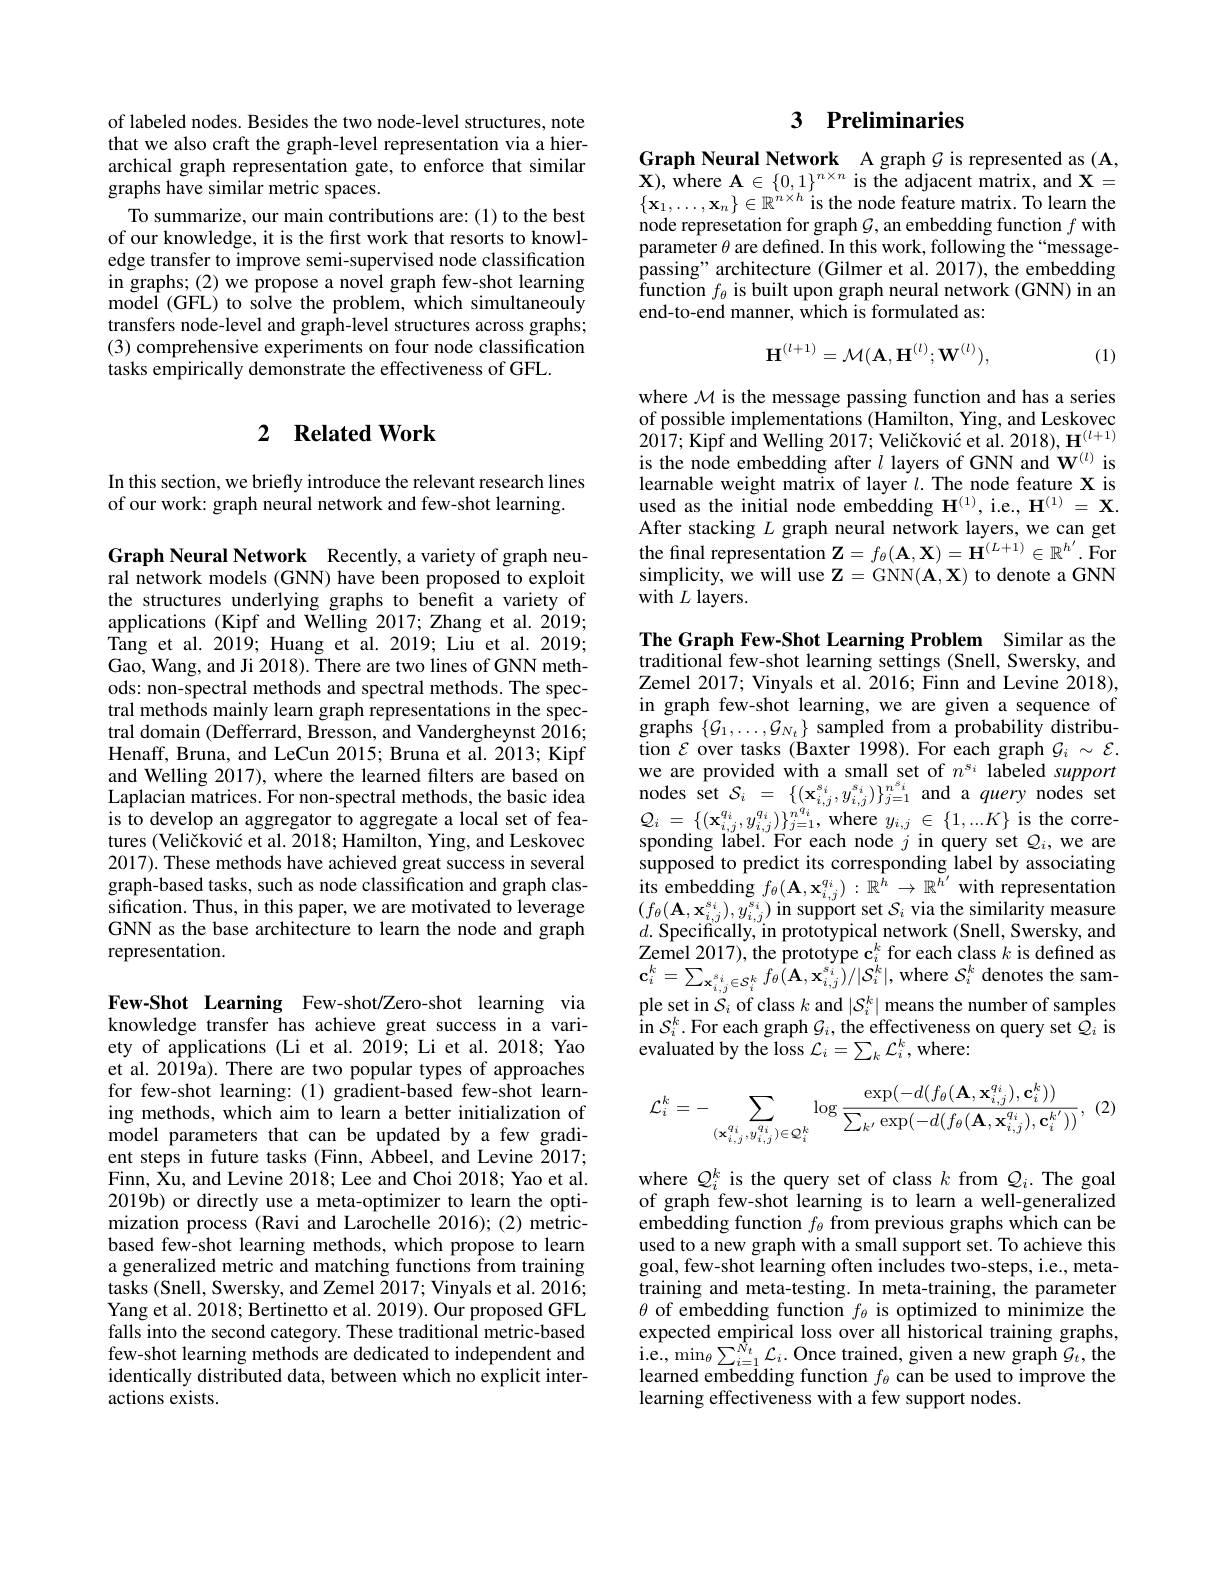
of labeled nodes. Besides the two node-level structures, note that we also craft the graph-level representation via a hierarchical graph representation gate, to enforce that similar graphs have similar metric spaces.
To summarize, our main contributions are:(1) to the best of our knowledge, it is the first work that resorts to knowledge transfer to improve semi-supervised node classification in graphs; (2) we propose a novel graph few-shot learning model (GFL) to solve the problem, which simultaneouly transfers node-level and graph-level structures across graphs; (3) comprehensive experiments on four node classification tasks empirically demonstrate the effectiveness of GFL.

## 2 $\textbf{Related Work}$

In this section, we briefly introduce the relevant research lines
of our work: graph neural network and few-shot learning.

Graph Neural Network Recently,a variety of graph neural network models (GNN) have been proposed to exploit the structures underlying graphs to benefit a variety of applications (Kipf and Welling 2017; Zhang et al. 2019; Tang et al. 2019; Huang et al. 2019; Liu et al. 2019; Gao, Wang, and Ji 2018). There are two lines of GNN methods: non-spectral methods and spectral methods. The spectral methods mainly learn graph representations in the spectral domain (Defferrard, Bresson, and Vandergheynst 2016; Henaff, Bruna, and LeCun 2015; Bruna et al. 2013; Kipf and Welling 2017), where the learned filters are based on Laplacian matrices. For non-spectral methods, the basic idea is to develop an aggregator to aggregate a local set of features (Veličković et al. 2018; Hamilton, Ying, and Leskovec 2017). These methods have achieved great success in several graph-based tasks, such as node classification and graph clas- $\hat{\text{sification. Thus, in this paper, we are motivated to leverage}}$ GNN as the base architecture to learn the node and graph representation.

Few-Shot Learning Few-shot/Zero-shot learning via knowledge transfer has achieve great success in a variety of applications (Li et al.2019; Li et al.2018; Yao et al. 2019a). There are two popular types of approaches for few-shot learning:(1) gradient-based few-shot learning methods, which aim to learn a better initialization of model parameters that can be updated by a few gradient steps in future tasks (Finn, Abbeel, and Levine 2017; Finn, Xu, and Levine 2018; Lee and Choi 2018; Yao et al. 2019b) or directly use a meta-optimizer to learn the optimization process (Ravi and Larochelle 2016); (2) metricbased few-shot learning methods, which propose to learn a generalized metric and matching functions from training tasks (Snell, Swersky, and Zemel 2017; Vinyals et al. 2016; Yang et al. 2018; Bertinetto et al. 2019). Our proposed GFL falls into the second category. These traditional metric-based few-shot learning methods are dedicated to independent and identically distributed data, between which no explicit interactions exists.

# 3 Preliminaries

Graph Neural Network A graph $\mathcal{G}$ is represented as (A, $\mathbf{X})$, where $\mathbf{A}\in\{0,1\}^{n\times n}$ is the adjacent matrix, and $\mathbf{X}=$ $\{\mathbf{x}_{1},\ldots,\mathbf{x}_{n}\}\in\mathbb{R}^{n\times h}$ is the node feature matrix. To learn the node represetation for graph $\mathcal{G}$, an embedding function $f$ with parameter $\theta$ are defined. In this work, following the“message- $\operatorname*{passing"architecture~(Gilmer~et~al.~2017),~\v{the}~embedding}$ $\hat{f}$unction $f_{\theta }$ is built upon graph neural network (GNN) in an end-to-end manner, which is formulated as:
$$\mathbf{H}^{(l+1)}=\mathcal{M}(\mathbf{A},\mathbf{H}^{(l)};\mathbf{W}^{(l)}),$$
(1)

where $\mathcal{M}$ is the message passing function and has a series of possible implementations (Hamilton, Ying, and Leskovec 2017; Kipf and Welling 2017; Veličković et al. 2018), H$^{(l+1)}$ is the node embedding after $l$ layers of GNN and W$^{(l)}$ is learnable weight matrix of layer $l.$ The node feature X is used as the initial node embedding $\mathbf{H}^{(1)}$, i.e., $\mathbf{H}^{(1)}=\mathbf{X}.$ After stacking $L$ graph neural network layers, we can get the final representation $\mathbf{Z}=f_{\theta}(\mathbf{A},\mathbf{X})=\mathbf{H}^{(L+1)}\in\mathbb{R}^{h^{\prime}}.$For simplicity, we will use $\mathbf{Z}=$GNN$(\mathbf{A},\mathbf{X})$ to denote a GNN $\tilde{\mathrm{with~}}L$ layers.

The Graph Few-Shot Learning Problem Similar as the traditional few-shot learning settings (Snell, Swersky, and Zemel 2017; Vinyals et al. 2016; Finn and Levine 2018), in graph few-shot learning, we are given a sequence of $\mathop{\mathrm{graphs~}}\{\mathcal{G}_{1},\ldots,\mathcal{G}_{N_{t}}\}\mathop{\mathrm{sampled~from~a~probability~distribu-}}$ tion $\mathcal{E}$ over tasks (Baxter 1998).For each graph $\mathcal{G}_i\sim\mathcal{E}.$ we are provided with a small set of $n^{s_i}$ labeled support nodes set $\mathcal{S} _i = \{ ( \mathbf{x} _{i, j}^{s_i}, y_{i, j}^{s_i}) \} _{j= 1}^{n_i^s}$ and a query nodes set $Q_{i}$ = $\{ ( \mathbf{x} _{i, j}^{q_{i}}, y_{i, j}^{q_{i}}) \} _{j= 1}^{n^{q_{i}}}$,where $y_i, j$ $\in$ $\{ 1, . . . K\}$ is the corresponding label. For each node $j$ in query set $Q_i$,we are supposed to predict its corresponding label by associating $\begin{array}{l}{\mathrm{its~embedding~}f_{\theta}(\mathbf{A},\mathbf{x}_{i,j}^{q_{i}}):\mathbb{R}^{h}\to\mathbb{R}^{{h^{\prime}}}\text{with representation}}\\{(f_{\theta}(\mathbf{A},\mathbf{x}_{i,j}^{s_{i}}),y_{i,j}^{s_{i}})\text{ in support set }S_{i}\text{ via the similarity measure}}\\{d.\text{ Specifically, in prototypical network }(\text{Snell, Swe}}\end{array}$ Zemel 2017), the prototype $\mathbf{c}_i^k$ for each class $k$ is defined as $\mathbf{c}_{i}^{k}=\sum_{\mathbf{x}_{i,j}^{s_{i}}\in\mathcal{S}_{i}^{k}}f_{\theta}(\mathbf{A},\mathbf{x}_{i,j}^{s_{i}})/|\mathcal{S}_{i}^{k}|$,where $S_{i}^{k}$ denotes the sample set in $\mathcal{S}_i$ of class $k$ and $|\mathcal{S}_i^k|$ means the number of samples ${\hat{\text{in }}}S_{i}^{k}.{\mathrm{For~each~graph~}\mathcal{G}}_{i},{\mathrm{the~effectiveness~on~query~set~}\hat{\mathcal{Q}}}_{i}$is evaluated by the loss $\mathcal{L}_i=\sum_k\mathcal{L}_i^k$,where:
$$\mathcal{L}_{i}^{k}=-\sum_{(\mathbf{x}_{i,j}^{q_{i}},y_{i,j}^{q_{i}})\in Q_{i}^{k}}\log\frac{\exp(-d(f_{\theta}(\mathbf{A},\mathbf{x}_{i,j}^{q_{i}}),\mathbf{c}_{i}^{k}))}{\sum_{k^{\prime}}\exp(-d(f_{\theta}(\mathbf{A},\mathbf{x}_{i,j}^{q_{i}}),\mathbf{c}_{i}^{k^{\prime}}))},\:(2$$
where $Q_i^k$ is the query set of class $k$ from $Q_i.$ The goal of graph few-shot learning is to learn a well-generalized embedding function $f_\theta$ from previous graphs which can be used to a new graph with a small support set. To achieve this goal, few-shot learning often includes two-steps, i.e., metatraining and meta-testing. In meta-training, the parameter $\theta$ of embedding function $f_\theta$ is optimized to minimize the expected empirical loss over all historical training graphs, $\begin{array}{l}{\mathrm{i.e.,~min}_{\theta}\sum_{i=1}^{\hat{N}_{t}}\mathcal{L}_{i}.~\mathrm{Once~trained,~given~a~new~graph~}\mathcal{G}_{t},~\mathrm{the}}\\{\mathrm{learned~embedding~function~}f_{\theta}~\mathrm{can~be~used~to~improve~the}}\end{array}$ learning effectiveness with a few support nodes.